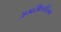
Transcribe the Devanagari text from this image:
अम्बरीक्षचरितम